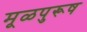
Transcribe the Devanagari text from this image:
मूळपुरूष